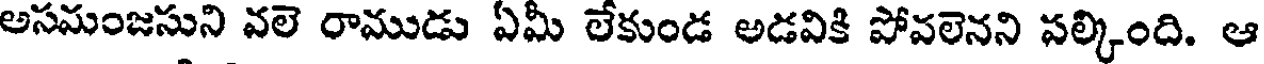
అసమంజసుని వలె రాముడు ఏమీ లేకుండ అడవికి పోవలెనని పల్కింది. ఆ